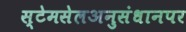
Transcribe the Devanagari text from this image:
स्टेमसेलअनुसंधानपर